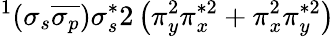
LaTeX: ^1(\sigma_{s}\overline{{\sigma_{p}}})\sigma_{s}^{*}2\left(\pi_{y}^{2}\pi_{x}^{*2}+\pi_{x}^{2}\pi_{y}^{*2}\right)